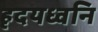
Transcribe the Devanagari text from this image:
हृदयध्वनि